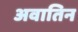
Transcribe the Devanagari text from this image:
अवातिन